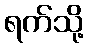
ရက်သို့